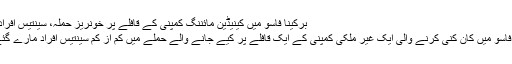
بُرکینا فاسو میں کینیڈین مائننگ کمپنی کے قافلے پر خونریز حملہ، سینتیس افراد ہلاک
بُرکینا فاسو میں کان کنی کرنے والی ایک غیر ملکی کمپنی کے ایک قافلے پر کیے جانے والے حملے میں کم از کم سینتیس افراد مارے گئے ہیں۔